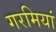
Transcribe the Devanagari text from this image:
गरमियां